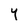
Character: Y